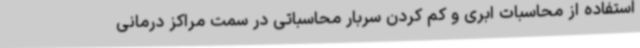
استفاده از محاسبات ابری و کم کردن سربار محاسباتی در سمت مراکز درمانی